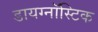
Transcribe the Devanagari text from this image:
डायग्नॉस्टिक